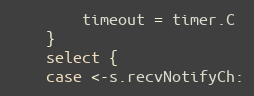
Language: Go
		timeout = timer.C
	}
	select {
	case <-s.recvNotifyCh: